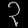
Digit: ၃